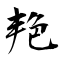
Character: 艳